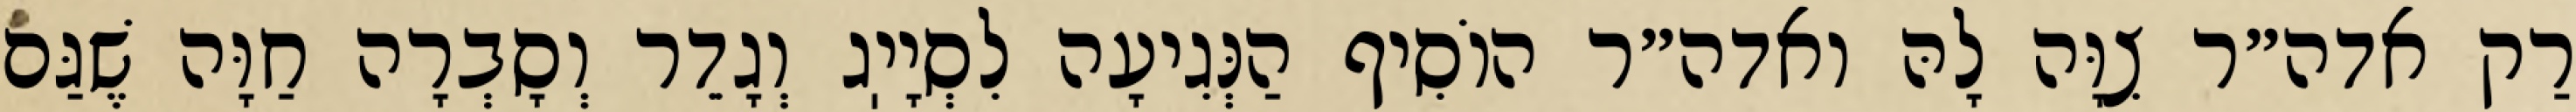
רַק אדה״ר צִוָּה לָהּ ואדה״ר הוֹסִיף הַנְּגִיעָה לִסְיָיֽג וְגָדֵר וְסָבְרָה חַוָּה שֶׁגַּם